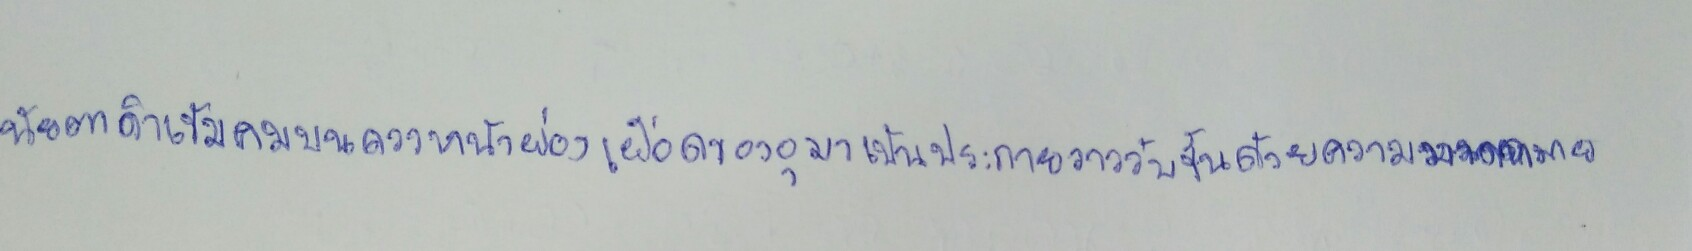
นัยน์ตาดำเข้มคมบนดวงหน้าผ่องเผือดของอุมาเป็นประกายวาววับขึ้นด้วยความมาดหมาย